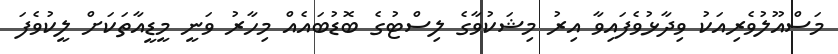
މަސްއޫލުވެރިއަކު ވިދާޅުވެފައިވާ އިރު މިޝަކުވާގެ ލިސްޓުގެ ބޮޑުބައެއް މިހާރު ވަނީ މީޑީއާތަކަށް ލީކުވެފަ